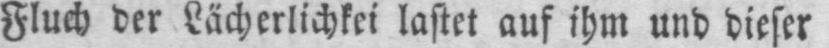
Fluch der Lächerlichkei lastet auf ihm und dieser